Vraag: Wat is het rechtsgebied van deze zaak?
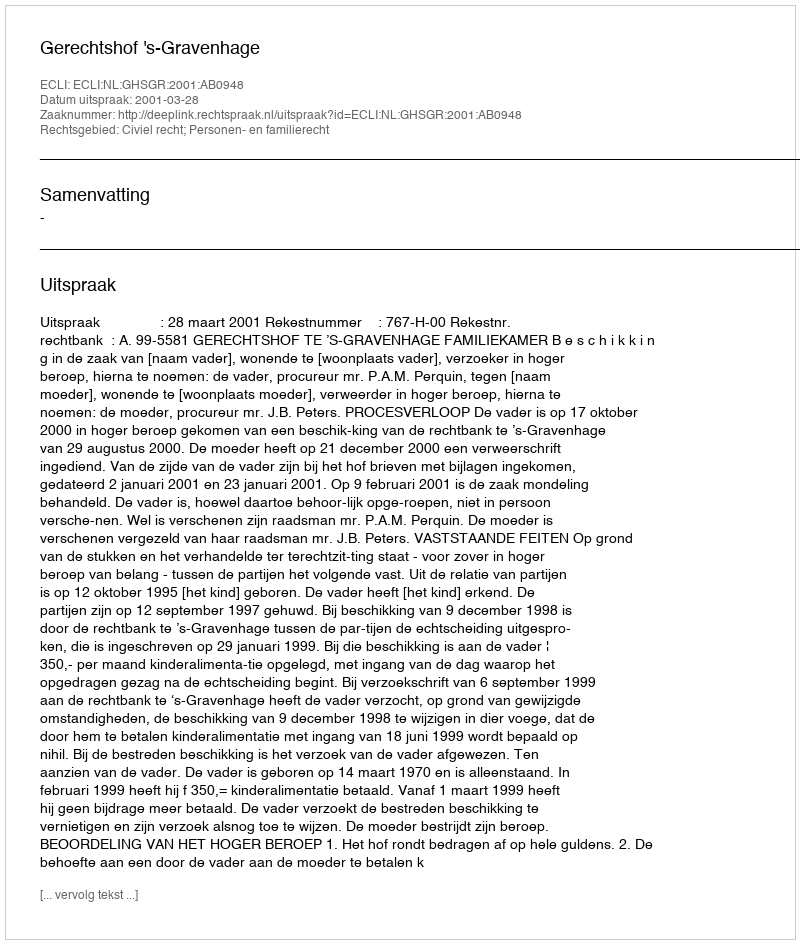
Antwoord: Civiel recht; Personen- en familierecht